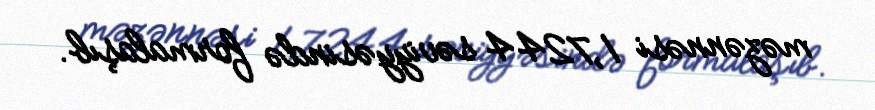
məzənnəsi 1,7244 səviyyəsində formalaşıb.